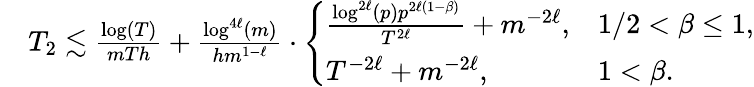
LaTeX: \begin{array}{rl}&{T_{2}\lesssim\frac{\log(T)}{mTh}+\frac{\log^{4\ell}(m)}{hm^{1-\ell}}\cdot\left\{ \begin{array}{ll}{\frac{\log^{2\ell}(p)p^{2\ell(1-\beta)}}{T^{2\ell}}+m^{-2\ell},}&{1/2<\beta\leq 1,}\\ {T^{-2\ell}+m^{-2\ell},}&{1<\beta.}\end{array}\right.}\end{array}